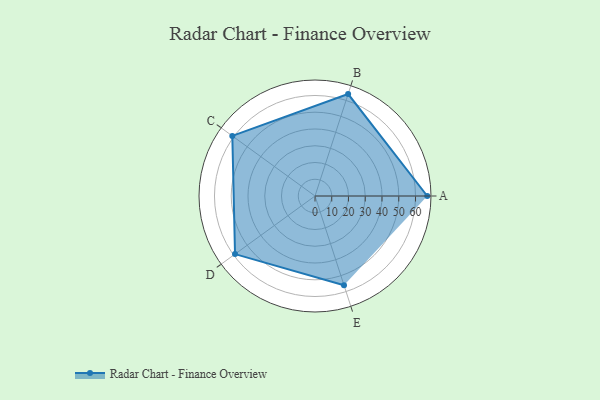
{"axis": {"x": "Skill", "y": "Score"}, "legend": ["Profile"], "data": [{"x": "A", "y": 67.0, "type": "Profile"}, {"x": "B", "y": 64.0, "type": "Profile"}, {"x": "C", "y": 61.0, "type": "Profile"}, {"x": "D", "y": 59.0, "type": "Profile"}, {"x": "E", "y": 56.0, "type": "Profile"}]}